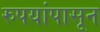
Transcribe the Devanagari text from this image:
रुपयांपासून